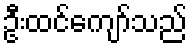
ဦးထင်ကျော်သည်